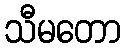
သီမတော